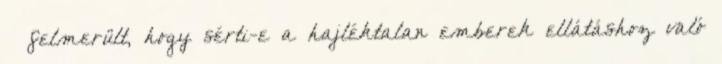
– felmerült, hogy sérti-e a hajléktalan emberek ellátáshoz való